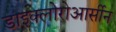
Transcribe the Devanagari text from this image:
डाइक्लोरोआर्सीन